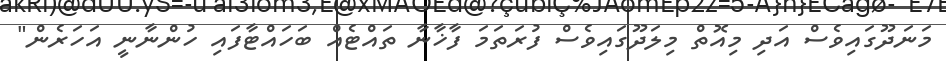
މަނަދޫގައިވެސް އަދި މިއޮތް މިލަދޫގައިވެސް ފުރަތަމަ ފާޚާނާ ތައްޓެއް ބަހައްޓާފައި ހުންނާނީ އަހަރެން"